Vabadussoja_Ajaloo_Komitee, lk 118
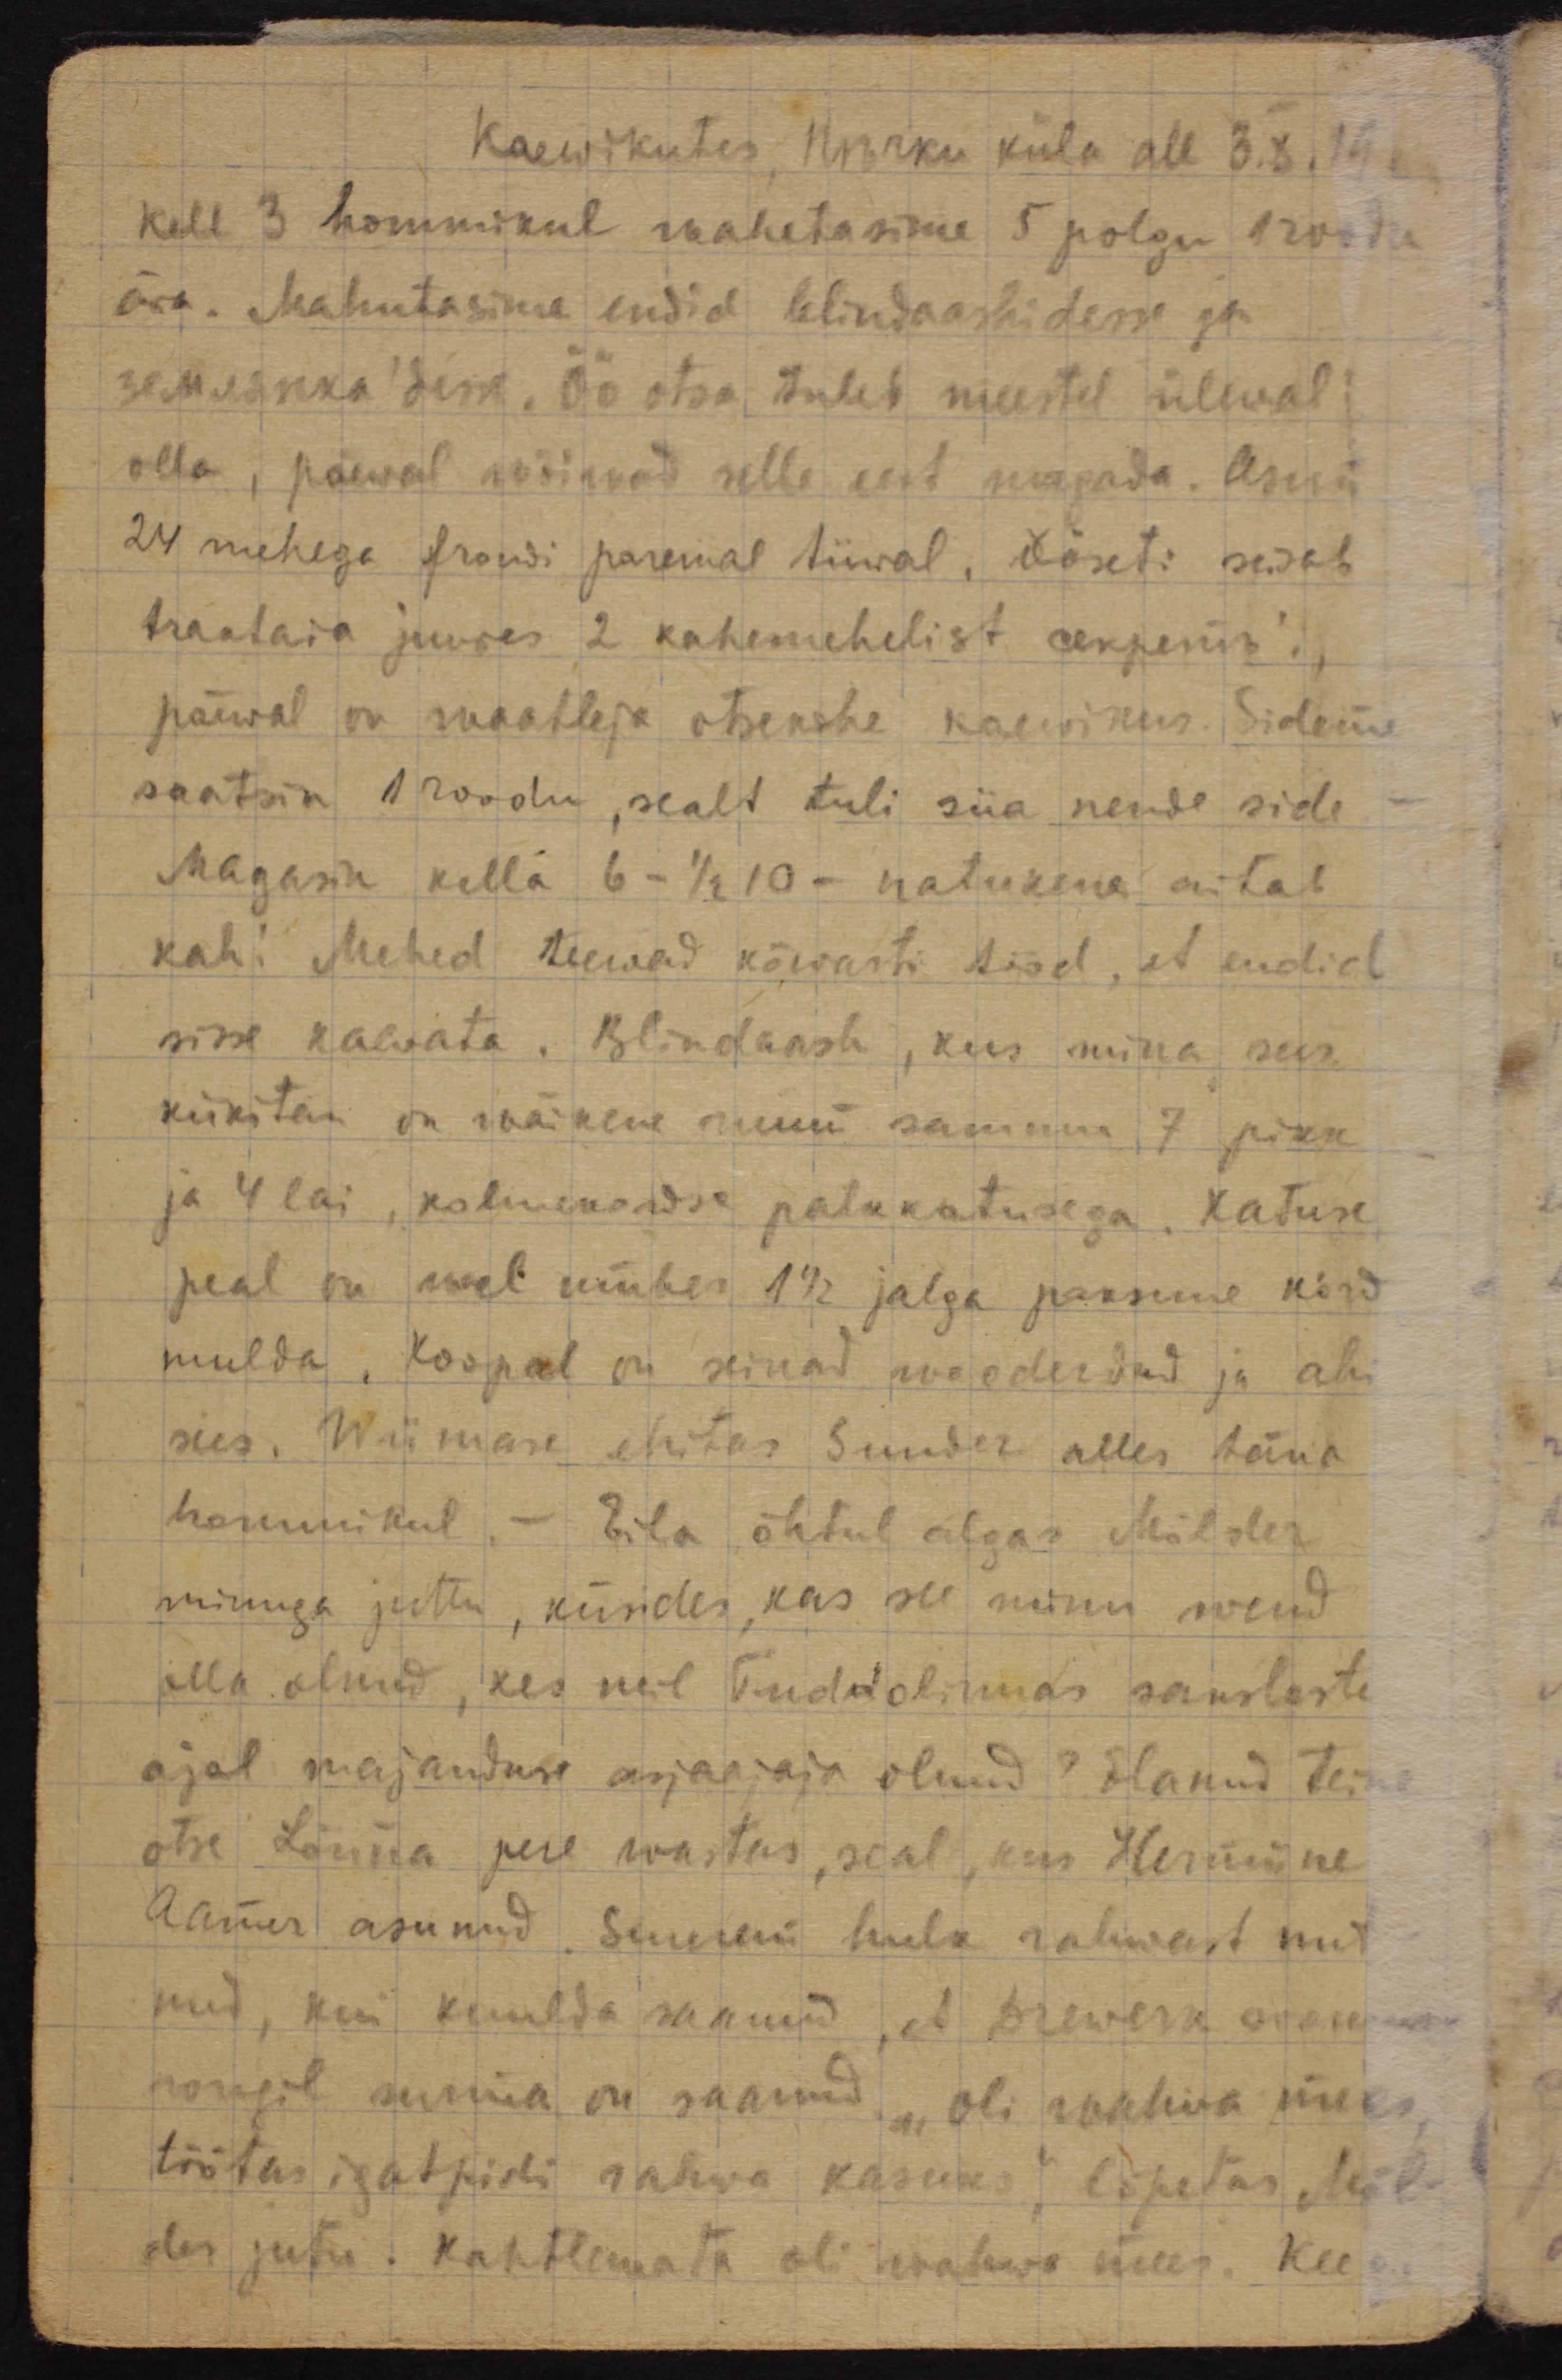
Kaewikutes, Печки küla all 3.X.19.
Kell 3 hommikul wahetasime 5 polgu 1 roodu
ära. Mahutasime endid blindaasidesse ja
землянка'desse. Öö otsa tuleb meestel ülewal
olla, päewal wõiwad selle eest magada. Asun
24 mehega frondi paremal tiiwal. Ööseti seisab
traataia juures 2 kahemehelist секреть'i,
päewal on waatleja otsekohe kaewikus. Sideme
saatsin 1 roodu, sealt tuli siia nende side.
Magasin kella 6- 1/2 10 - natukene aitab
kah! Mehed teewad kõwasti tööd, et endid
sisse kaewata. Blindaash, kus mina siis
kükitan on wäikene ruum sammu 7 pikk
ja 4 lai, kolmekordse palukatusega. Katuse
peal on weel umbes 1 1/2 jalga paksune kõrd
mulda. Koopal on seinal wooderdus ja ahi
sees. Wiimase ehitas Sunder alles täna
hommikul. Eila õhtul algas Mölder 
minuga juttu, küsides, kas see minu wend 
olla olnud, kes neil Tudulinnas sakslaste
ajal majanduse asjaajaja olnud? Elanud teine
otse Lõuna pere wastas, seal, kus Hermiine
Aames asunud. Suurem hulk rahwast nut-
nud, kui kuulda saanud, et Drewerk
rongil surma on saanud. "Oli wahwa mees,
töötas igatpidi rahwa kasuks"  lõpetas Möl-
der jutu. Kahtlemata oli wahwa mees. Ka